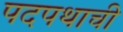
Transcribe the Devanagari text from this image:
पदपथाची